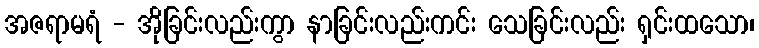
အဇရာမရံ - အိုခြင်းလည်းကွာ နာခြင်းလည်းကင်း သေခြင်းလည်း ရှင်းထသော၊